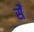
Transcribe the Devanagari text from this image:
र्सें